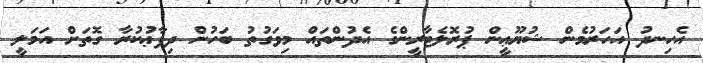
އެހިނދު އަހަރުމެން ޝުޔޫޢީން ޕުރޮލެޓާރީންގެ އެދުންތައް މިވަގުތު ބަހުން ދިފާޢުކުރާ ގޮތަށް އަމަލީ